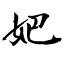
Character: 妑